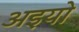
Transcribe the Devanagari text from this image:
अइयो